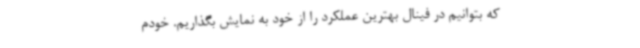
که بتوانیم در فینال بهترین عملکرد را از خود به نمایش بگذاریم. خودم